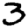
Digit: 3